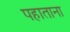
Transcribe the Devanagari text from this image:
पहाताना